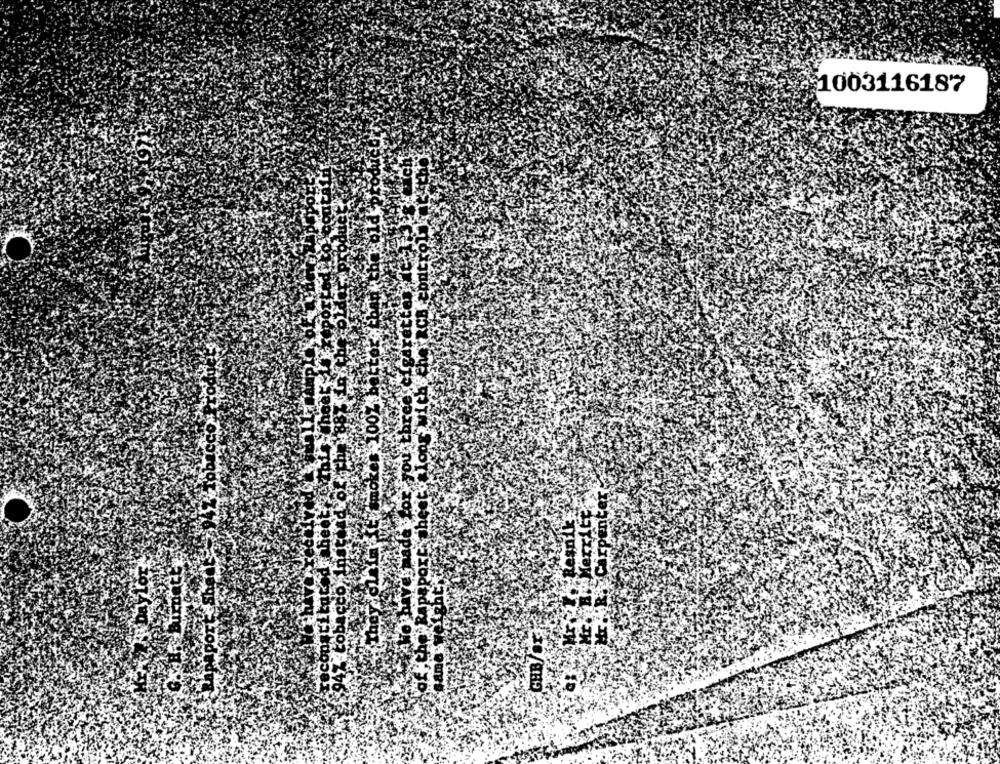
1003116187
Smokes, 1007
Resnik:
Merrit
GHB/ST